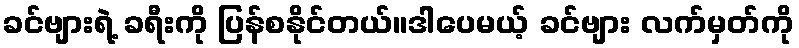
ခင်ဗျားရဲ့ ခရီးကို ပြန်စနိုင်တယ်။ဒါပေမယ့် ခင်ဗျား လက်မှတ်ကို